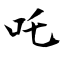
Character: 吒